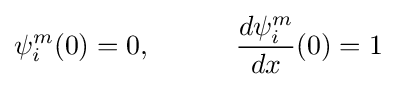
\psi _{i}^{m}(0)=0,\quad \qquad {\frac {d\psi _{i}^{m}}{dx}}(0)=1